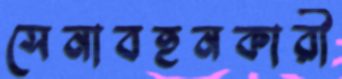
সেনাবহনকারী